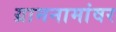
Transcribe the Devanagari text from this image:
ग्रामनामांवर